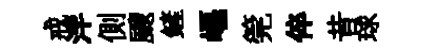
戒泮側颼鏟嶇筦倅昔球